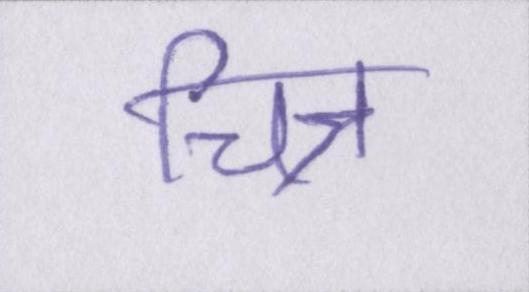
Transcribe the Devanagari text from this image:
चित्र